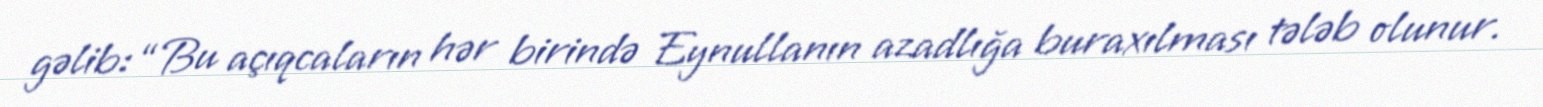
gəlib: “Bu açıqcaların hər birində Eynullanın azadlığa buraxılması tələb olunur.